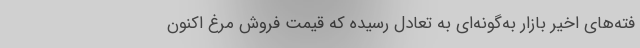
فته‌های اخیر بازار به‌گونه‌ای به تعادل رسیده که قیمت فروش مرغ اکنون